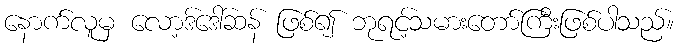
နောက်လူမှ လော့ဒ်ဒေါ်ဆန် ဖြစ်၍ ဘုရင့်သမားတော်ကြီးဖြစ်ပါသည်။